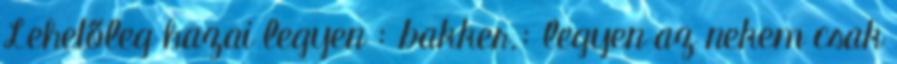
Lehetőleg hazai legyen : bakker.: legyen az nekem csak